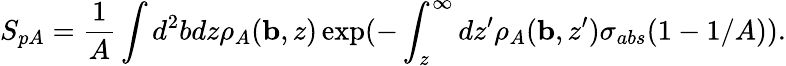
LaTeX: S_{pA}={\frac{1}{A}}\int d^{2}bdz\rho_{A}({\mathbf{b}},z)\exp(-\int_{z}^{\infty}dz^{\prime}\rho_{A}({\mathbf{b}},z^{\prime})\sigma_{abs}(1-{1/A})).